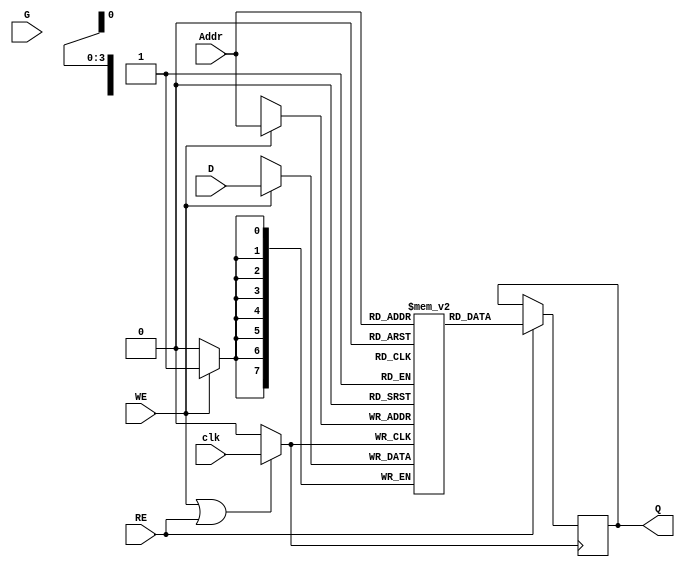
module MemoryBlock (
    input wire [7:0] D,          // Data Input
    input wire [3:0] Addr,       // Address Input
    input wire WE,               // Write Enable
    input wire RE,               // Read Enable
    input wire clk,              // Main Clock
    input wire G,                // Gating Signal
    output reg [7:0] Q           // Data Output
);

    // Memory array declaration (16x8 bits)
    reg [7:0] memory [0:15];

    // Gated clock signal
    wire gated_clk;

    // Clock gating logic
    assign gated_clk = (WE || RE) ? clk : 1'b0;

    // Write logic
    always @(posedge gated_clk) begin
        if (WE) begin
            memory[Addr] <= D;  // Write data to memory
        end
    end

    // Read logic
    always @(posedge gated_clk) begin
        if (RE) begin
            Q <= memory[Addr];  // Read data from memory
        end
    end

endmodule